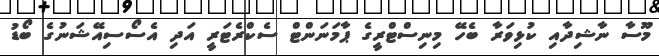
މޫސާ ނާޝިދާއި ކުޅިވަރާ ބެހޭ މިނިސްޓްރީގެ ޕާމަނަންޓް ސެކްރެޓަރީ އަދި އެސޯސިއޭޝަނުގެ ބޯޑު